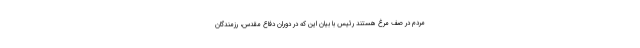
مردم در صف مرغ هستند رئیس با بیان این که در دوران دفاع مقدس، رزمندگان